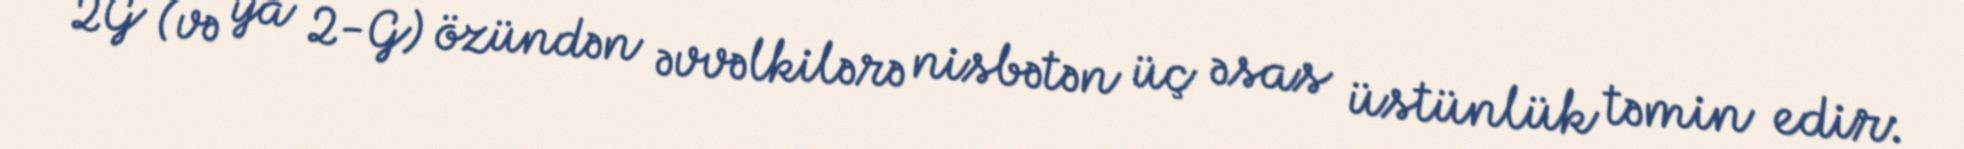
2G (və ya 2-G) özündən əvvəlkilərə nisbətən üç əsas üstünlük təmin edir: